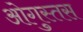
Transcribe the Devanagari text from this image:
ओगुस्तस